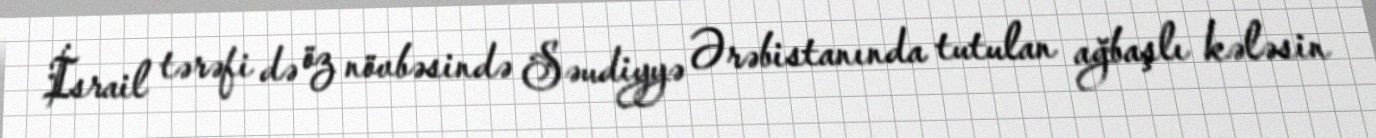
İsrail tərəfi də öz növbəsində Səudiyyə Ərəbistanında tutulan ağbaşlı kələsin